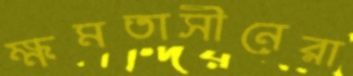
ক্ষমতাসীনেরা